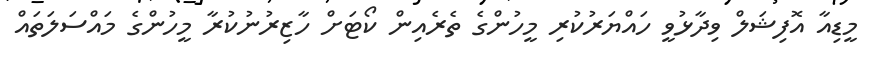
މީޑިއާ އޮފިޝަލް ވިދާޅުވީ ހައްޔަރުކުރި މީހުންގެ ތެރެއިން ކޯޓަށް ހާޒިރުނުކުރާ މީހުންގެ މައްސަލަތައް